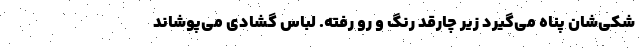
شکی‌شان پناه می‌گیرد زیر چارقَد رنگ و رو رفته. لباس گشادی می‌پوشاند